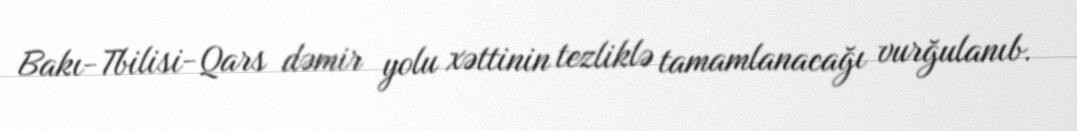
Bakı-Tbilisi-Qars dəmir yolu xəttinin tezliklə tamamlanacağı vurğulanıb.